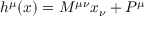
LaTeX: h ^ { \mu } ( x ) = M ^ { \mu \nu } x _ { \nu } + P ^ { \mu }